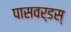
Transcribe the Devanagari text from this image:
पासवर्डस्